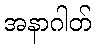
အနာဂါတ်